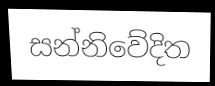
සන්නිවේදිත